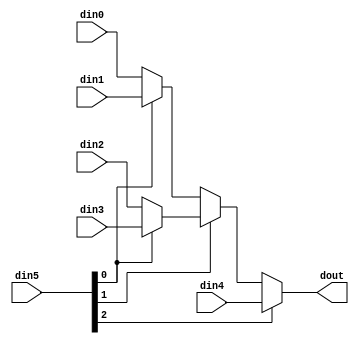
// ==============================================================
// Vivado(TM) HLS - High-Level Synthesis from C, C++ and SystemC v2020.1 (64-bit)
// Copyright 1986-2020 Xilinx, Inc. All Rights Reserved.
// ==============================================================

`timescale 1ns/1ps

module StreamingFCLayer_Batch_3_StreamingFCLayer_eOg #(
parameter
    ID                = 0,
    NUM_STAGE         = 1,
    din0_WIDTH       = 32,
    din1_WIDTH       = 32,
    din2_WIDTH       = 32,
    din3_WIDTH       = 32,
    din4_WIDTH       = 32,
    din5_WIDTH         = 32,
    dout_WIDTH            = 32
)(
    input  [59 : 0]     din0,
    input  [59 : 0]     din1,
    input  [59 : 0]     din2,
    input  [59 : 0]     din3,
    input  [59 : 0]     din4,
    input  [2 : 0]    din5,
    output [59 : 0]   dout);

// puts internal signals
wire [2 : 0]     sel;
// level 1 signals
wire [59 : 0]         mux_1_0;
wire [59 : 0]         mux_1_1;
wire [59 : 0]         mux_1_2;
// level 2 signals
wire [59 : 0]         mux_2_0;
wire [59 : 0]         mux_2_1;
// level 3 signals
wire [59 : 0]         mux_3_0;

assign sel = din5;

// Generate level 1 logic
assign mux_1_0 = (sel[0] == 0)? din0 : din1;
assign mux_1_1 = (sel[0] == 0)? din2 : din3;
assign mux_1_2 = din4;

// Generate level 2 logic
assign mux_2_0 = (sel[1] == 0)? mux_1_0 : mux_1_1;
assign mux_2_1 = mux_1_2;

// Generate level 3 logic
assign mux_3_0 = (sel[2] == 0)? mux_2_0 : mux_2_1;

// output logic
assign dout = mux_3_0;

endmodule